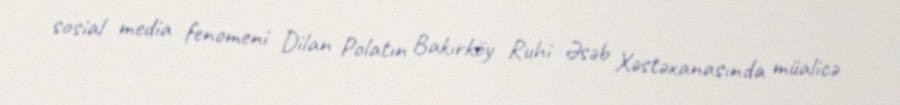
sosial media fenomeni Dilan Polatın Bakırköy Ruhi Əsəb Xəstəxanasında müalicə